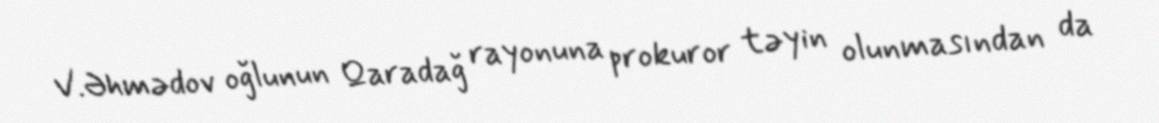
V.Əhmədov oğlunun Qaradağ rayonuna prokuror təyin olunmasından da